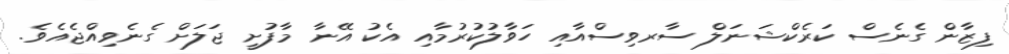
ފިޒާން ގެނެސް ކަރެކްޝަނަލް ސާރވިސްއާއި ހަވާލުކުރުމާއި އެކު އޭނާ މާފުށީ ޖަލަށް ގެނެވިއްޖެއެވެ.